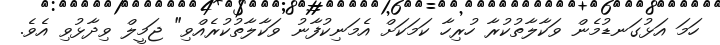
ހަމަ އަޅުގަނޑުމެން ވަކާލާތުކުރާ ހުރިހާ ކަމަކަށް އެމަނިކުފާނު ވަކާލާތުކުރެއްވި" ޖަމީލް ވިދާޅުވި އެވެ.